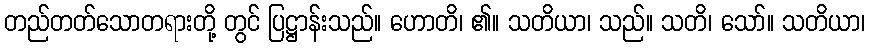
တည်တတ်သောတရားတို့ တွင် ပြဋ္ဌာန်းသည်။ ဟောတိ၊ ၏။ သတိယာ၊ သည်။ သတိ၊ သော်။ သတိယာ၊